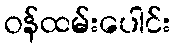
ဝန်ထမ်းပေါင်း